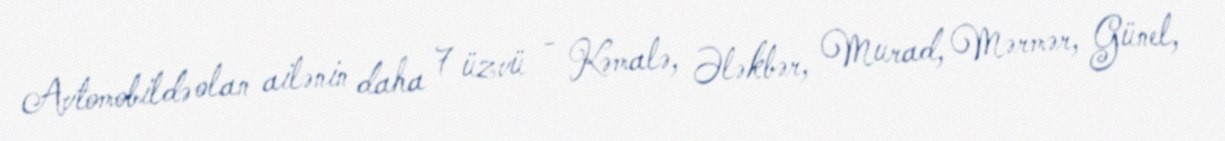
Avtomobildə olan ailənin daha 7 üzvü - Kəmalə, Ələkbər, Murad, Mərmər, Günel,